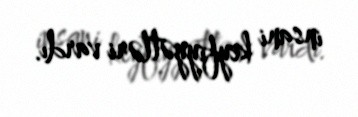
insani keyfiyyətləri vardı.